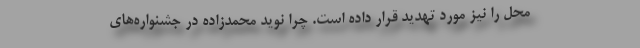
محل را نیز مورد تهدید قرار داده است. چرا نوید محمدزاده در جشنواره‌های